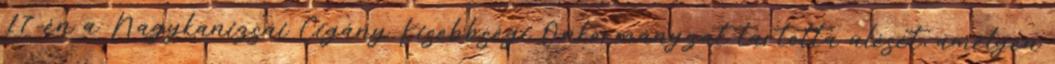
17-én a Nagykanizsai Cigány Kisebbségi Önkormányzat tartotta ülését, amelyen